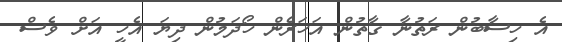
އެ ހިސާބުން ރަތުނާ ގާތުން އަހަރެން ހޯދަމުން ދިޔަ އެހީ އަށް ވެސް